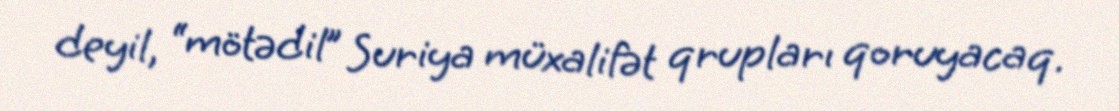
deyil, “mötədil” Suriya müxalifət qrupları qoruyacaq.